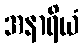
အနာရိယံ